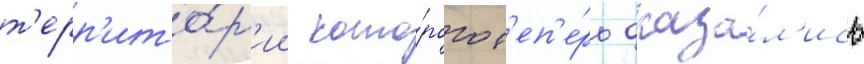
т'ерр'ито́р'ии кото́рого т'еп'е́рь оказа́л'ись